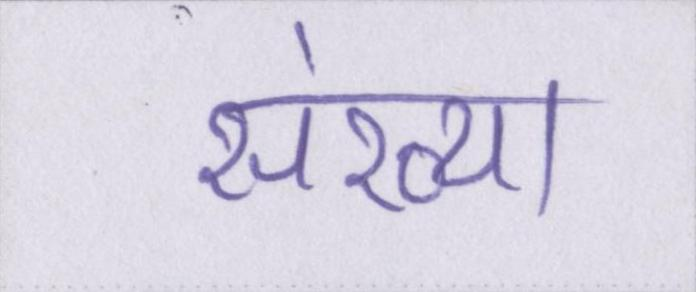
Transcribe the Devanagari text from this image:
संख्या